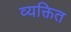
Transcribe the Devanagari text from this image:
व्यक्तित